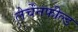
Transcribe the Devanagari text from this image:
लेर्चेंनफील्ड